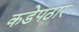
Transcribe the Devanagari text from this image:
कडेपठार